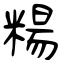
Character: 糃